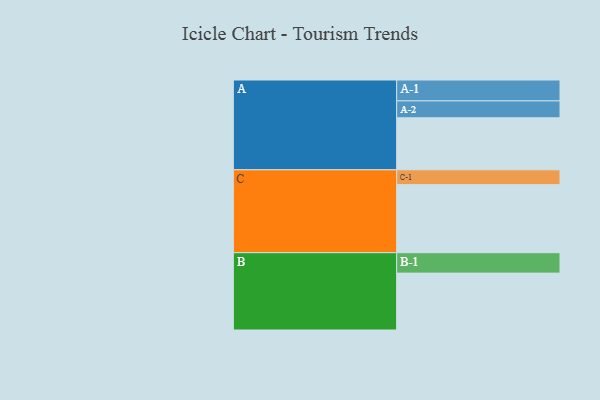
{"axis": {"x": "Segment", "y": "Value"}, "legend": ["", "A", "B", "C"], "data": [{"x": "A", "y": 428, "type": ""}, {"x": "B", "y": 468, "type": ""}, {"x": "C", "y": 560, "type": ""}, {"x": "A-1", "y": 172, "type": "A"}, {"x": "A-2", "y": 139, "type": "A"}, {"x": "B-1", "y": 168, "type": "B"}, {"x": "C-1", "y": 122, "type": "C"}]}